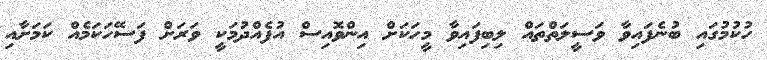
ހުކުމުގައި ބުނެފައިވާ ވަސީލަތްތައް ލިބިފައިވާ މީހަކަށް އިންވޮއިސް އުފެއްދުމަކީ ވަރަށް ފަސޭހަކަމެއް ކަމަށާއި